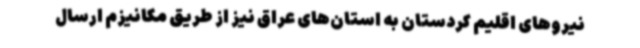
نیروهای اقلیم کردستان به استان‌های عراق نیز از طریق مکانیزم ارسال